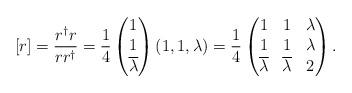
LaTeX: \begin{align*} [r] = \frac{r^\dagger r}{r r^\dagger} = \frac{1}{4}\left(\begin{matrix} 1 \\ 1 \\ \overline{\lambda} \end{matrix}\right) \left(1,1,\lambda\right) = \frac{1}{4}\left( \begin{matrix} 1 & 1 & \lambda \\ 1 & 1 & \lambda \\ \overline{\lambda} & \overline{\lambda} & 2 \end{matrix}\right). \end{align*}